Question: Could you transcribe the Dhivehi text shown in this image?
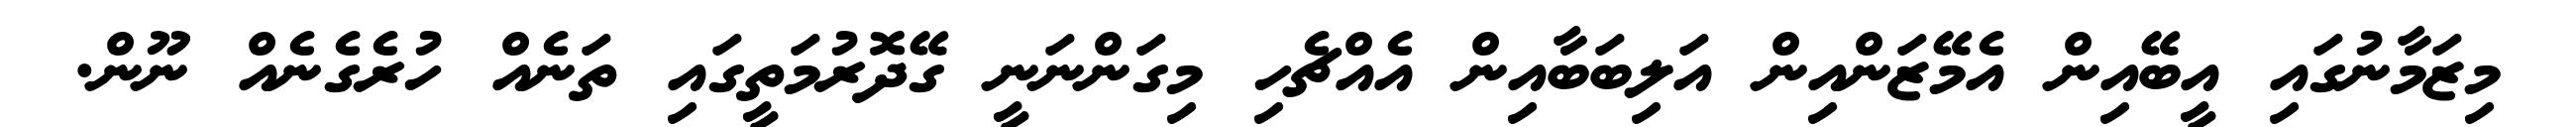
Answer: މިޒަމާނުގައި އީބޭއިން އެމޭޒަންއިން އަލިބަބާއިން އެއްޗެހި މިގަންނަނީ ގޭދޮރުމަތީގައި ތަނެއް ހުރެގެނެއް ނޫން.